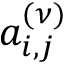
a _ { i , j } ^ { ( \nu ) }